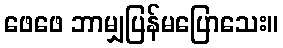
ဖေဖေ ဘာမျှပြန်မပြောသေး။